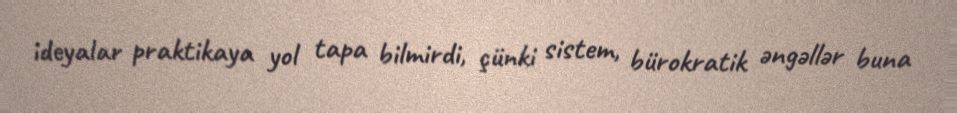
ideyalar praktikaya yol tapa bilmirdi, çünki sistem, bürokratik əngəllər buna